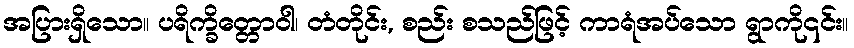
အပြားရှိသော။ ပရိက္ခိတ္တောဝါ၊ တံတိုင်း, စည်း စသည်ဖြင့် ကာရံအပ်သော ရွာကို၎င်း။